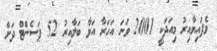
ވެފައިވާއިރު މިއަދަކީ 2001 ވަނަ އަހަރާ އަޅާ ބަލާއިރު 52 ޕަސެންޓް ދަށް